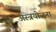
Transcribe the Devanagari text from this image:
अस्त्रयोजना